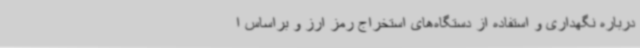
درباره نگهداری و استفاده از دستگاه‌های استخراج رمز ارز و براساس ا